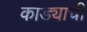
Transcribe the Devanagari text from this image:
कांड्याची